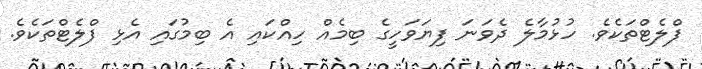
ފްލެޓްތަކެވެ. ހުޅުމާލެ ދެވަނަ ފިޔަވަހީގެ ބިމެއް ހިއްކައި އެ ބިމުގައި އެޅި ފްލެޓްތަކެވެ.